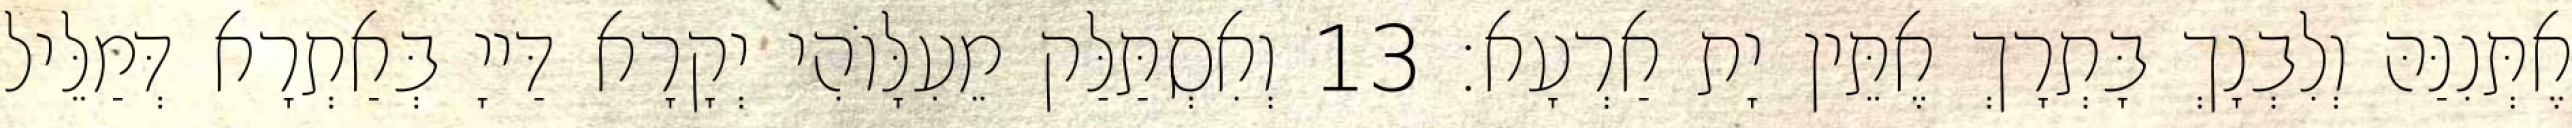
אֶתְּנִנַּהּ וְלִבְנָךְ בָּתְרָךְ אֶתֵּין יָת אַרְעָא׃ 13 וְאִסְתַּלַּק מֵעִלָּוֹהִי יְקָרָא דַּייָ בְּאַתְרָא דְּמַלֵּיל